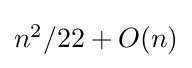
{\textstyle n^{2}/22+O(n)}